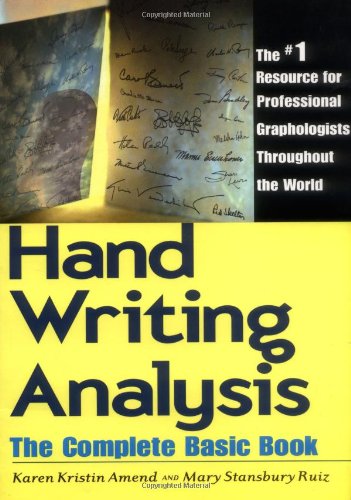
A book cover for Handwriting Analysis: The Complete Basic Book; Karen Kristin Amend; Self-Help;